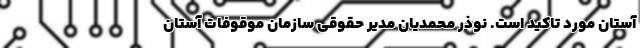
آستان مورد تاکید است. نوذر محمدیان مدیر حقوقی سازمان موقوفات آستان